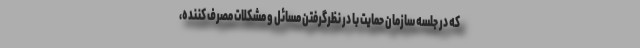
که در جلسه سازمان حمایت با در نظرگرفتن مسائل و مشکلات مصرف کننده،